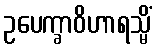
ဥပေက္ခာဝိဟာရသ္မိံ